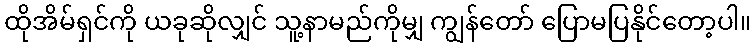
ထိုအိမ်ရှင်ကို ယခုဆိုလျှင် သူ့နာမည်ကိုမျှ ကျွန်တော် ပြောမပြနိုင်တော့ပါ။